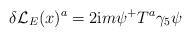
\begin{align*}\delta {\cal L}_E(x)^a=2{\rm i}m\psi ^{+}T^a\gamma _5\psi\end{align*}